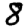
Digit: 8